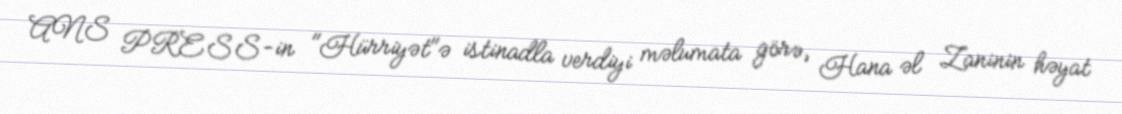
ANS PRESS-in "Hürriyət"ə istinadla verdiyi məlumata görə, Hana əl Zaninin həyat